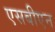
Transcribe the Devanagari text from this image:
एसबीएन